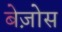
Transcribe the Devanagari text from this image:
बेज़ोस